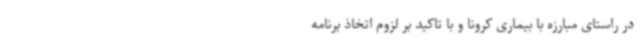
در راستای مبارزه با بیماری کرونا و با تاکید بر لزوم اتخاذ برنامه